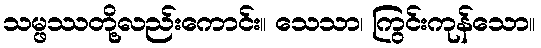
သမ္ဖဿတို့လည်းကောင်း။ သေသာ၊ ကြွင်းကုန်သော။